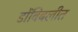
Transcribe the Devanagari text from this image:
डोंबिबलीत